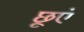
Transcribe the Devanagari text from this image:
छूएं